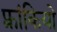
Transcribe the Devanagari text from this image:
फ़्रांकियो